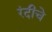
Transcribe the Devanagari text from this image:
रंदीचे